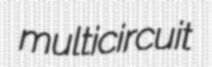
multicircuit